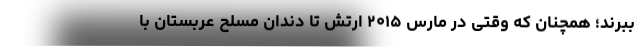
ببرند؛ همچنان‌ که وقتی در مارس ۲۰۱۵ ارتش تا دندان مسلح عربستان با